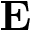
\mathbf { E }